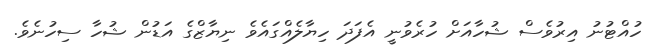
ހުއްޓުނު އިރުވެސް ޝުހާއަށް ހުރެވުނީ އެފަދަ ހިޔާލެއްގައެވެ ނިޔާޒްގެ އަޑުން ޝުހާ ސިހުނެވެ.